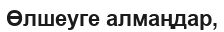
Өлшеуге алмаңдар,